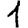
Digit: 1